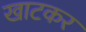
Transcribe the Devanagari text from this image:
खाटकर